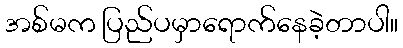
အစ်မက ပြည်ပမှာရောက်နေခဲ့တာပါ။